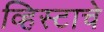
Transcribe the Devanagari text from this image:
व्हिस्टाचे